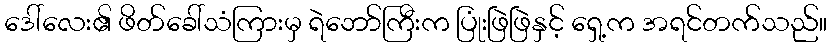
ဒေါ်လေး၏ ဖိတ်ခေါ်သံကြားမှ ရဲဘော်ကြီးက ပြုံးဖြဲဖြဲနှင့် ရှေ့က အရင်တက်သည်။